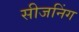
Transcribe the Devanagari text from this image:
सीजनिंग